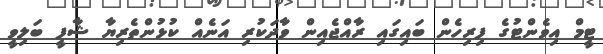
ޓީމް އިވެންޓުގެ ފިރިހެން ބައިގައި ރާއްޖެއިން ވާދަކުރި އަނެއް ކުޅުންތެރިޔާ ޝާފީ ބަލިވީ